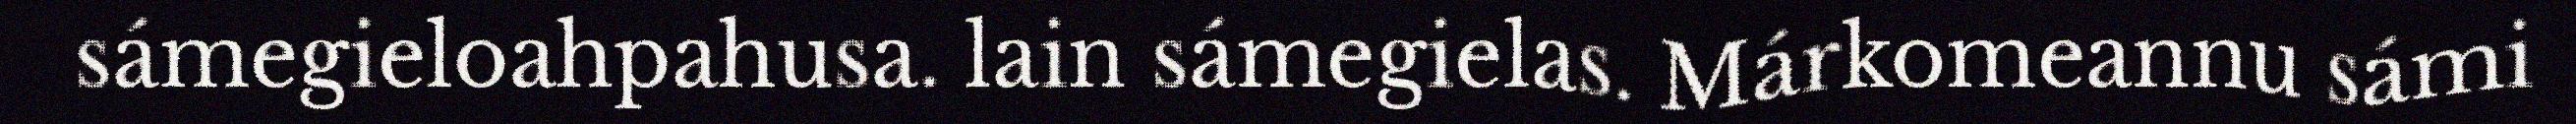
sámegieloahpahusa. lain sámegielas. Márkomeannu sámi